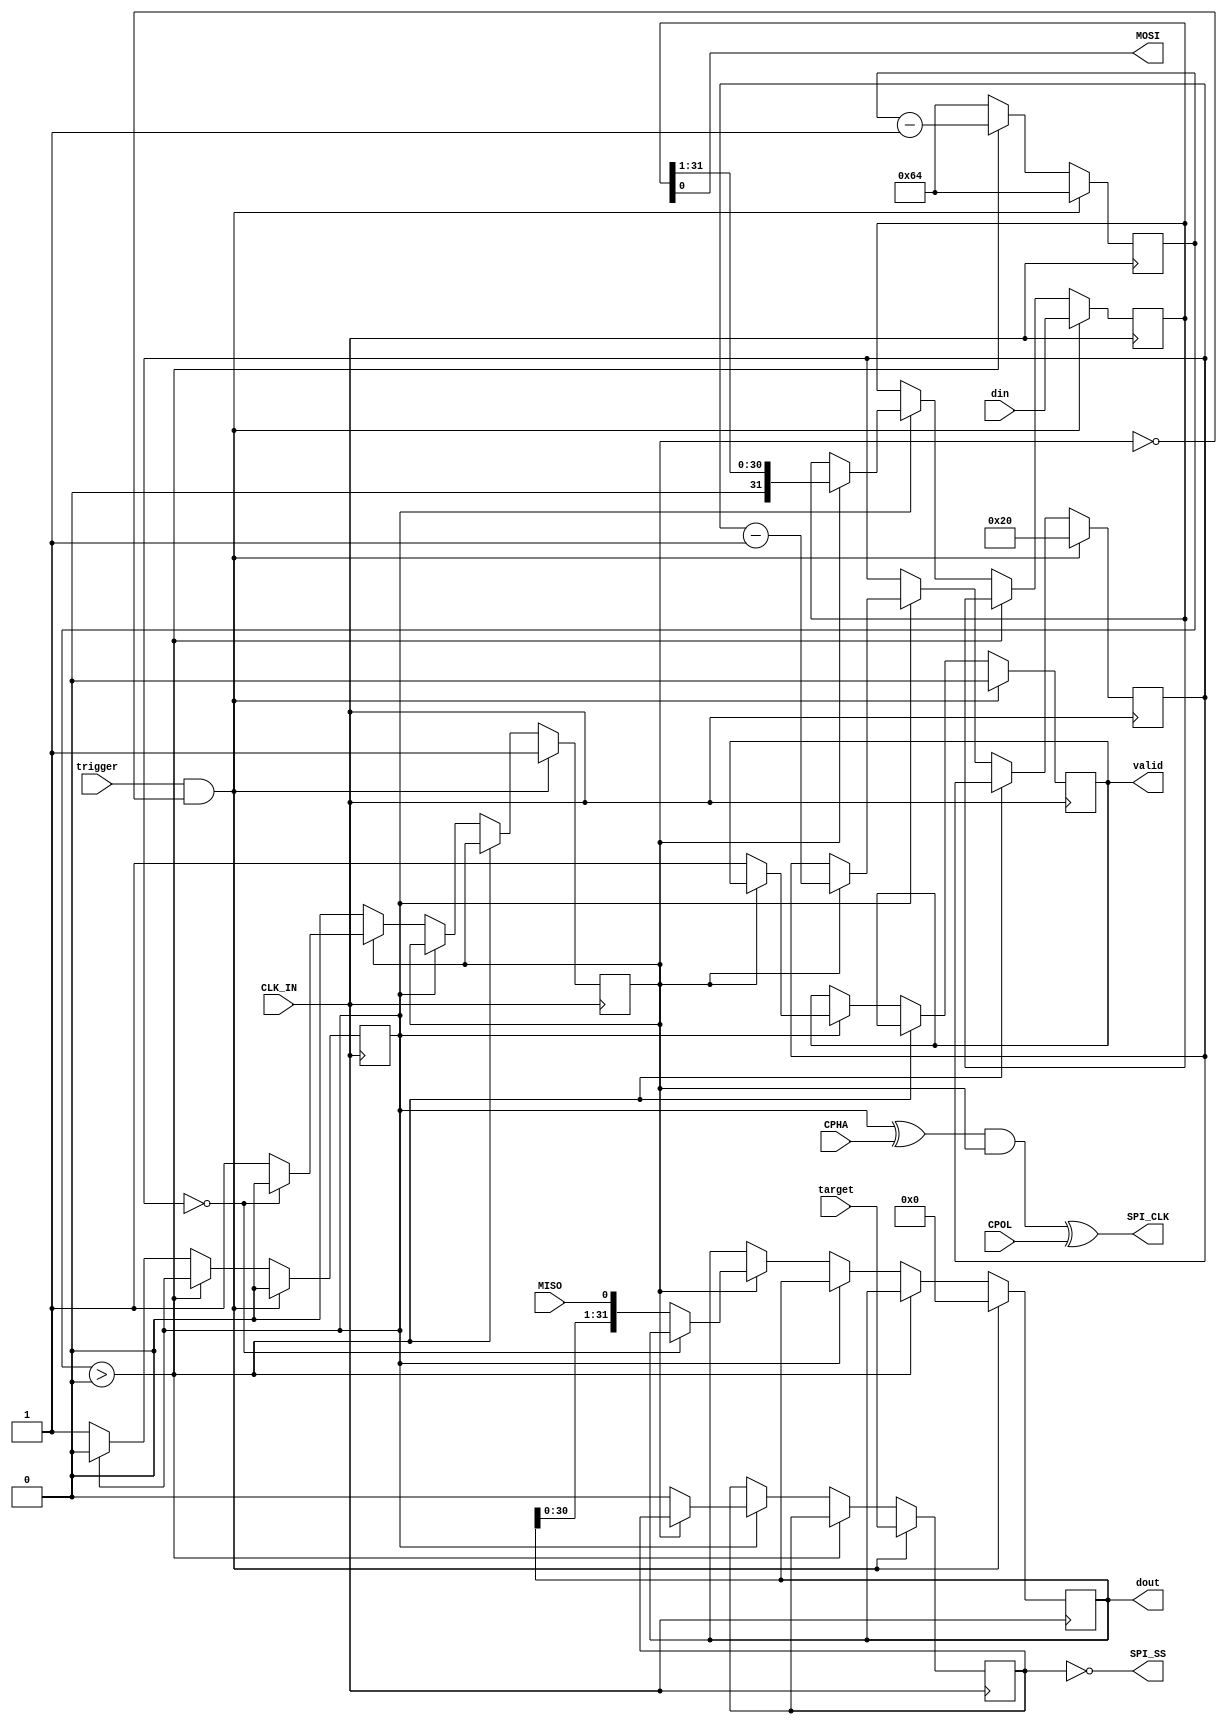
`timescale 1ns / 1ps
//////////////////////////////////////////////////////////////////////////////////
// Company: 
// Engineer: 
// 
// Design Name: 
// Module Name:    spi_master 
// Project Name: 
// Target Devices: 
// Tool versions: 
// Description: 
//
// Dependencies: 
//
// Revision: 
// Revision 0.01 - File Created
// Additional Comments: 
//
//////////////////////////////////////////////////////////////////////////////////
module spi_master(
    MISO,
    MOSI,
    SPI_CLK,
    SPI_SS,
    CLK_IN,
    din,
    dout,
    trigger, //trigger to start transmission
    target,		//slave to communicate with spi_ss = ~target
	 valid, //done transmitting, dout is valid response
	 CPOL,
	 CPHA
    );
	 
	 parameter N = 1; //number of slave select bits
	 parameter C = 32; //maximum transmission length in bits
	 parameter CLK_RATIO = 100; //ratio of CLK_IN to SPI_CLK
	 parameter SS_SPACE = 1;	//number of clock cycle times to hold ss low before starting and after ending spi_clk and data transmission

	 input MISO;
    output MOSI;
    output SPI_CLK;
    output [N - 1:0] SPI_SS;
    input CLK_IN;
    input [C - 1:0] din;
    output [C - 1:0] dout;
    input trigger;
    input [N - 1:0] target;
	 output valid;
	 input CPOL;
	 input CPHA;
	 
	 reg [C - 1:0] shift_out;
	 reg [C - 1:0] shift_in;
	 reg [31:0] counter;
	 reg running;
	 reg valid_i;
	 reg [N - 1: 0] SS_i;
	 reg SPI_CLK_i;
	 reg [31:0] clk_div;
	 
	 initial running = 0;
	 initial valid_i = 0;
	 initial SS_i = 0;
	 initial SPI_CLK_i = 0;
	 initial clk_div = CLK_RATIO;
	 
	 always @(posedge CLK_IN) begin
		if (trigger & ~running) begin
			running <= 1;
			counter <= C;
			shift_out <= din;
			shift_in <= 0;
			SS_i <= target;
			valid_i <= 0;
			clk_div <= CLK_RATIO*SS_SPACE;
			SPI_CLK_i <= 0;
		end else if (clk_div > 0) begin
			clk_div <= clk_div - 1;  
		end else begin
			clk_div <= CLK_RATIO;
			if (SPI_CLK_i == 0) begin
				SPI_CLK_i <= 1;
				if (running) begin
					if (counter == 0) begin
						running <= 0;
						clk_div <= CLK_RATIO*SS_SPACE;
						shift_in <= shift_in;
					end else begin
						shift_in <= {shift_in[C - 2:0], MISO};
					end
				end
			end else begin
				SPI_CLK_i <= 0;
				if (running) begin		
					shift_out <= {1'b0, shift_out[C - 1:1]};
					counter <= counter - 1;
				end else begin
					SS_i <= 0;
					valid_i <= 1;
				end
			end
		end
	 end
	 
	 assign SPI_CLK = ((SPI_CLK_i ^ CPHA) & running) ^ CPOL;
	 assign SPI_SS = ~SS_i;
	 assign MOSI = shift_out[0];
	 assign dout = shift_in;
	 assign valid = valid_i;
endmodule